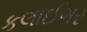
કલાઈગર